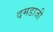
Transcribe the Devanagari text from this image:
दमडाजी